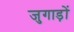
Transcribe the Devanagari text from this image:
जुगाड़ों